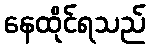
နေထိုင်ရသည်